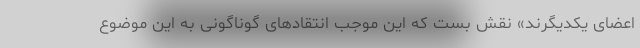
اعضای یکدیگرند» نقش بست که این موجب انتقادهای گوناگونی به این موضوع